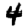
Digit: 4